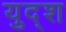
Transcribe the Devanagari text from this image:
युद्श